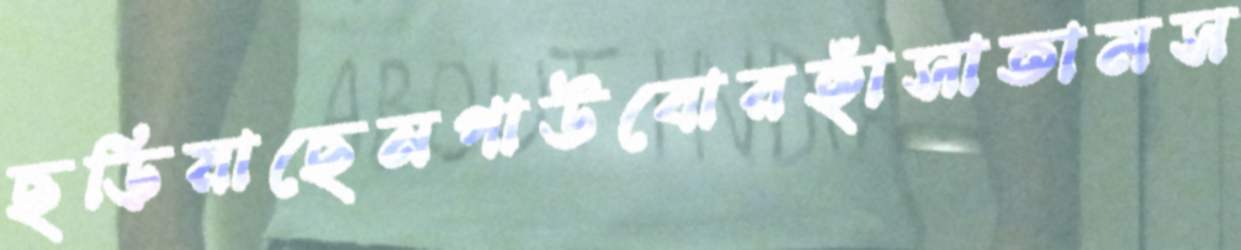
ছড়িয়াছেনপাউবোরহাঁসাতামস